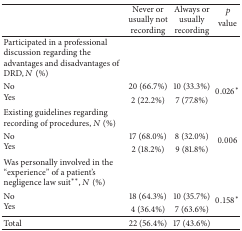
<table><thead><tr><td rowspan="2"><b> </b></td><td rowspan="2"><b>Never or usually not recording</b></td><td rowspan="2"><b>Always or usually recording</b></td><td><b> <i>p</i></b></td></tr><tr><td><b>value</b></td></tr></thead><tbody><tr><td>Participated in a professional discussion regarding the advantages and disadvantages of DRD, <i>N</i> (%)</td><td> </td><td> </td><td> </td></tr><tr><td rowspan="2">NoYes</td><td>20 (66.7%)</td><td>10 (33.3%)</td><td rowspan="2">0.026<sup><i>∗</i></sup></td></tr><tr><td>2 (22.2%)</td><td>7 (77.8%)</td></tr><tr><td>Existing guidelines regarding recording of procedures, <i>N</i> (%)</td><td> </td><td> </td><td> </td></tr><tr><td rowspan="2">NoYes</td><td>17 (68.0%)</td><td>8 (32.0%)</td><td rowspan="2">0.006</td></tr><tr><td>2 (18.2%)</td><td>9 (81.8%)</td></tr><tr><td>Was personally involved in the “experience” of a patient&#x27;s negligence law suit<sup><i>∗∗</i></sup>, <i>N</i> (%)</td><td> </td><td> </td><td> </td></tr><tr><td rowspan="2">NoYes</td><td>18 (64.3%)</td><td>10 (35.7%)</td><td rowspan="2">0.158<sup><i>∗</i></sup></td></tr><tr><td>4 (36.4%)</td><td>7 (63.6%)</td></tr><tr><td>Total</td><td>22 (56.4%)</td><td>17 (43.6%)</td><td> </td></tr></tbody></table>